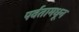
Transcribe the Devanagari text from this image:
पर्वतामधून